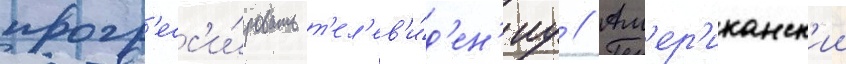
прогр'есс'и́ровать т'ел'ев'и́д'ен'иу // Ам'ер'иканск'ии